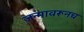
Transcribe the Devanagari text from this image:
जन्मावरूनच